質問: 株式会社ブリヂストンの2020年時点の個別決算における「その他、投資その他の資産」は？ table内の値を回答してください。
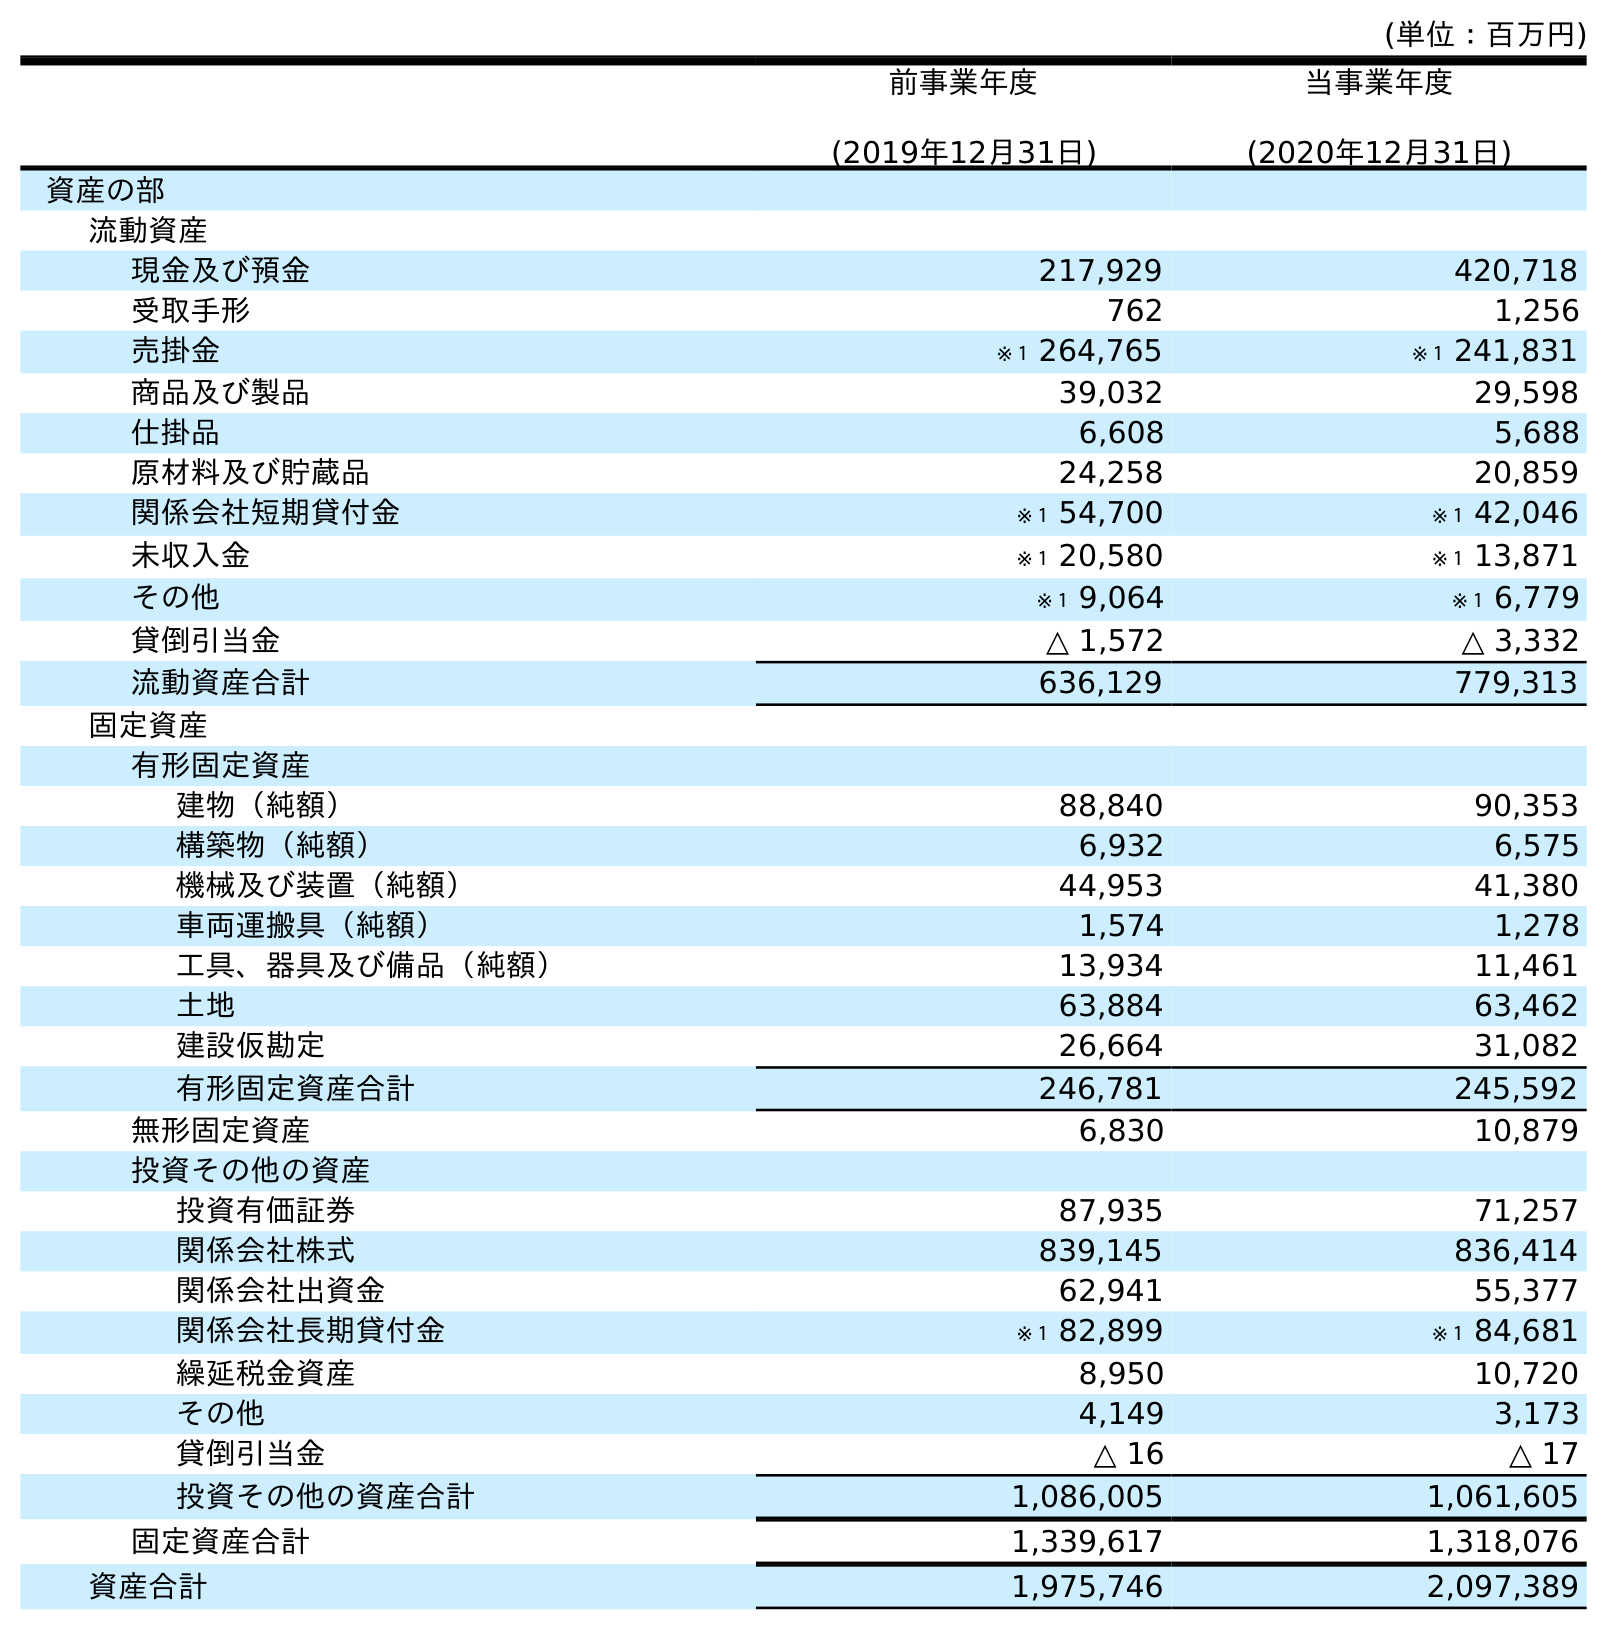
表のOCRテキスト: (単位：百万円) 前事業年度 (2019年12月31日) 当事業年度 (2020年12月31日) 資産の部 流動資産 現金及び預金 217,929 420,718 受取手形 762 1,256 売掛金 ※１ 264,765 ※１ 241,831 商品及び製品 39,032 29,598 仕掛品 6,608 5,688 原材料及び貯蔵品 24,258 20,859 関係会社短期貸付金 ※１ 54,700 ※１ 42,046 未収入金 ※１ 20,580 ※１ 13,871 その他 ※１ 9,064 ※１ 6,779 貸倒引当金 △ 1,572 △ 3,332 流動資産合計 636,129 779,313 固定資産 有形固定資産 建物（純額） 88,840 90,353 構築物（純額） 6,932 6,575 機械及び装置（純額） 44,953 41,380 車両運搬具（純額） 1,574 1,278 工具、器具及び備品（純額） 13,934 11,461 土地 63,884 63,462 建設仮勘定 26,664 31,082 有形固定資産合計 246,781 245,592 無形固定資産 6,830 10,879 投資その他の資産 投資有価証券 87,935 71,257 関係会社株式 839,145 836,414 関係会社出資金 62,941 55,377 関係会社長期貸付金 ※１ 82,899 ※１ 84,681 繰延税金資産 8,950 10,720 その他 4,149 3,173 貸倒引当金 △ 16 △ 17 投資その他の資産合計 1,086,005 1,061,605 固定資産合計 1,339,617 1,318,076 資産合計 1,975,746 2,097,389
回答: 3,173